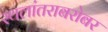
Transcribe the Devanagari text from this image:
स्थलांतराबरोबर